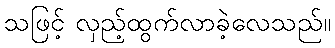
သဖြင့် လှည့်ထွက်လာခဲ့လေသည်။